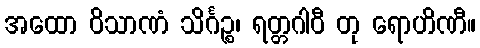
အထော ဝိသာဏံ သိင်္ဂဉ္စ၊ ရတ္တဂါဝီ တု ရောဟိဏီ။